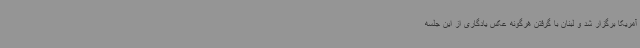
آمریکا برگزار شد و لبنان با گرفتن هرگونه عکس یادگاری از این جلسه